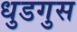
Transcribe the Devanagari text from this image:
धुडगुस